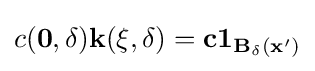
c({\bf {{0},\delta )k({\bf {\xi }},\delta )=c{\bf {{1}_{B_{\delta }({\bf {x}}')}}}}}